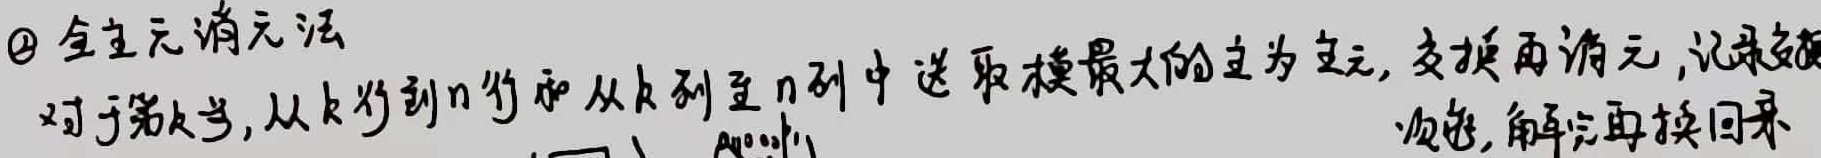
\textcircled{2} 全主元消元法
对于第\(k\)步，从\(k\)行到\(n\)行和从\(k\)列至\(n\)列中选取模最大的元为主元，交换再消元，记录交
顺序，解完再换回来